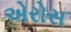
એરોસ